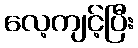
လေ့ကျင့်ပြီး